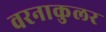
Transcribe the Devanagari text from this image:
वरनाकुलर